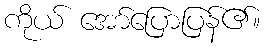
ကိုယ် အော်ပြောပြန်၏။